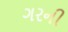
ગરની